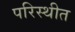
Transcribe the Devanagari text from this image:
परिस्थीत